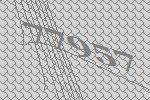
77957